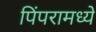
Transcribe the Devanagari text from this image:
पिंपरामध्ये